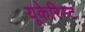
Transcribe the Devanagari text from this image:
यूकेरिस्ट